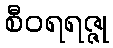
စီဝရရဇ္ဇု